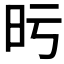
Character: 𣅙